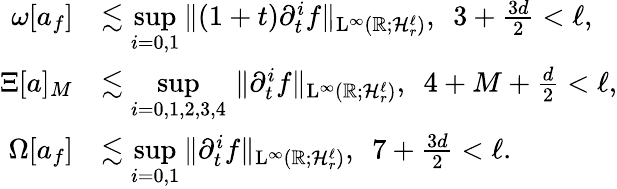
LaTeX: \begin{array}{rl}{\omega[a_{f}]}&{\lesssim\underset{i=0,1}{\operatorname*{sup}}\Vert(1+t)\partial_{t}^{i}f\Vert_{\mathrm{L}^{\infty}(\mathbb R;\mathcal{H}_{r}^{\ell})},\ \ 3+\frac{3d}{2}<\ell,}\\ {\Xi[a]_{M}}&{\lesssim\underset{i=0,1,2,3,4}{\operatorname*{sup}}\, \Vert\partial_{t}^{i}f\Vert_{\mathrm{L}^{\infty}(\mathbb R;\mathcal{H}_{r}^{\ell})},\ \ 4+M+\frac{d}{2}<\ell,}\\ {\Omega[a_{f}]}&{\lesssim\underset{i=0,1}{\operatorname*{sup}}\Vert\partial_{t}^{i}f\Vert_{\mathrm{L}^{\infty}(\mathbb R;\mathcal{H}_{r}^{\ell})},\ \ 7+\frac{3d}{2}<\ell.}\end{array}